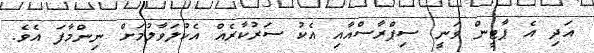
އަދި އެ ޕާޓީން ވަނީ ސިޕްރާސްއާއި އެކު ސަރުކާރެއް އެކުލަވާލުމަށް ނިންމާފަ އެވެ.